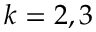
k = 2 , 3